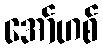
အော်ဟစ်